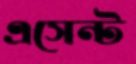
এসেন্ট